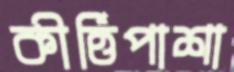
কীর্ত্তিপাশা